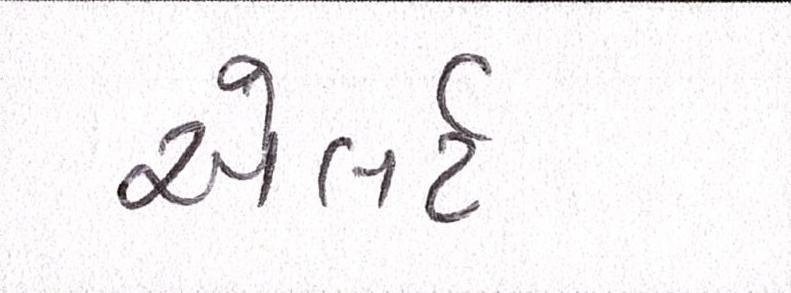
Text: એલર્ટ